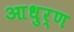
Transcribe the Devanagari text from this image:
आधुर्ण